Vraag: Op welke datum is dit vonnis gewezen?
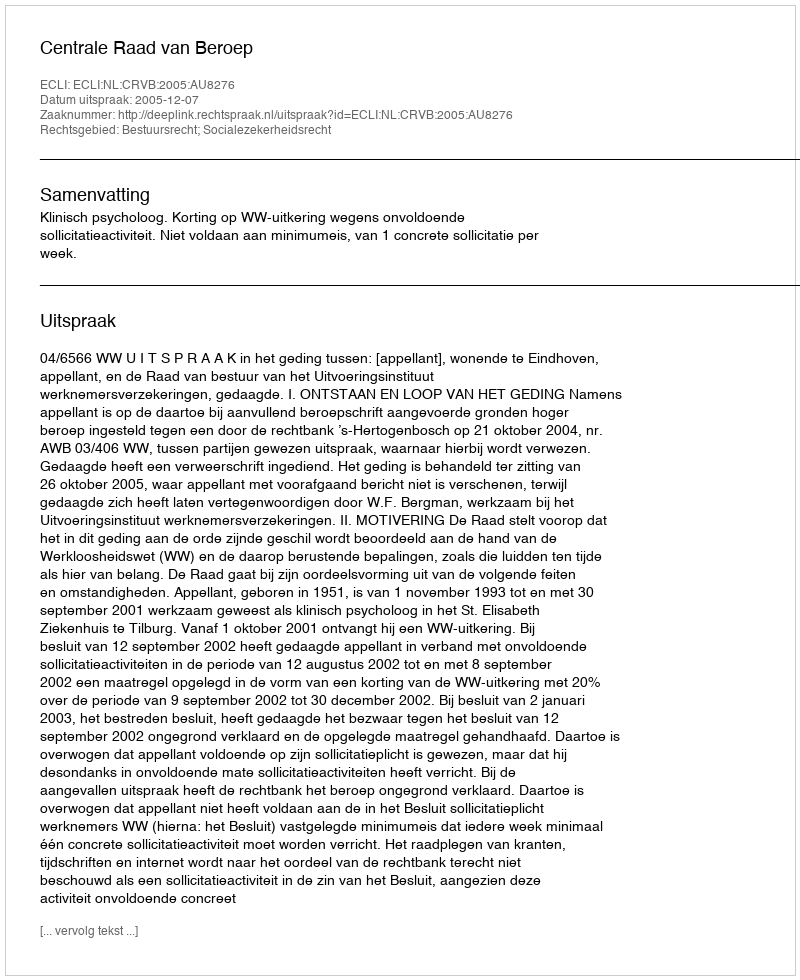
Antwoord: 2005-12-07